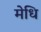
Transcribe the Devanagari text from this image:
मेधि